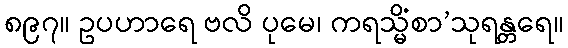
၈၉၇။ ဥပဟာရေ ဗလိ ပုမေ၊ ကရသ္မိံစာ’သုရန္တရေ။